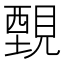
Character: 䚈